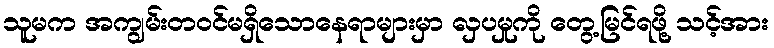
သူမက အကျွမ်းတ၀င်မရှိသောနေရာများမှာ လှပမှုကို တွေ့မြင်ရဖို့ သင့်အား